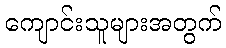
ကျောင်းသူများအတွက်